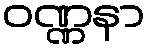
ဝဏ္ဏနာ